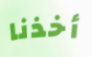
أخذنا